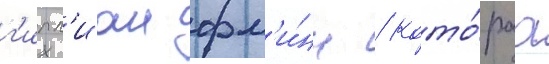
г'илл'иан фл'и́нн / кото́раа